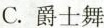
C. 爵士舞